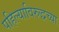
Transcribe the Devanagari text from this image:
पहिल्याविरुद्धच्या